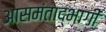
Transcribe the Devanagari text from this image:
आसमंताद्भागीं